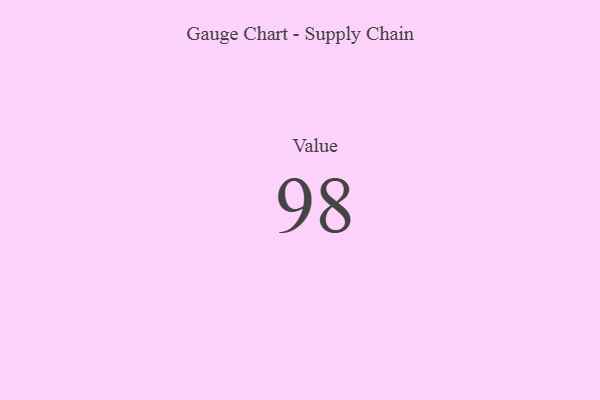
{"axis": {"x": "Metric", "y": "Value"}, "legend": [""], "data": [{"x": "Value", "y": 98, "type": ""}]}